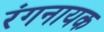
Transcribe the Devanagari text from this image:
रंगनायक